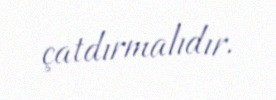
çatdırmalıdır.